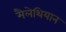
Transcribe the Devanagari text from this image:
मैलेथियान